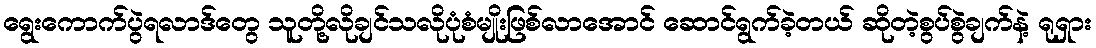
ရွေးကောက်ပွဲရလာဒ်တွေ သူတို့လိုချင်သလိုပုံစံမျိုးဖြစ်လာအောင် ဆောင်ရွက်ခဲ့တယ် ဆိုတဲ့စွပ်စွဲချက်နဲ့ ရုရှား